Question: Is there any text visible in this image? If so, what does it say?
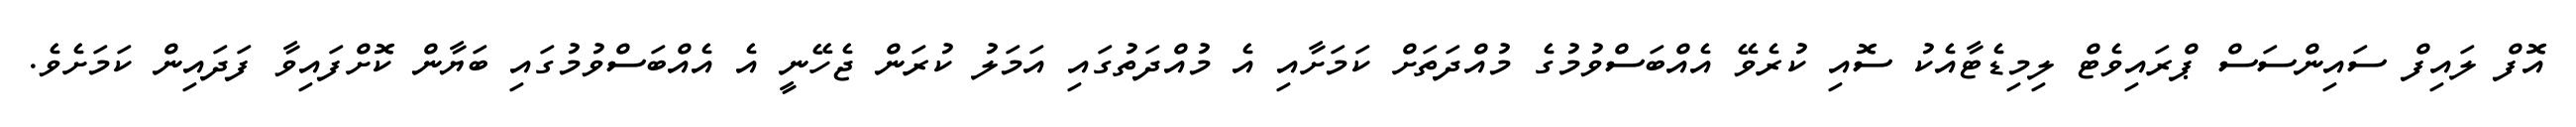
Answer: އޮފް ލައިފް ސައިންސަސް ޕްރައިވެޓް ލިމިޑެޓާއެކު ސޮއި ކުރެވޭ އެއްބަސްވުމުގެ މުއްދަތަށް ކަމަށާއި އެ މުއްދަތުގައި އަމަލު ކުރަން ޖެހޭނީ އެ އެއްބަސްވުމުގައި ބަޔާން ކޮށްފައިވާ ފަދައިން ކަމަށެވެ.